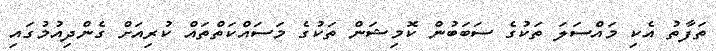
ތަފާތު އެކި މައްސަލަ ތަކުގެ ސަބަބުން ކޮމިޝަން ތަކުގެ މަސައްކަތްތައް ކުރިއަށް ގެންދިއުމުގައި